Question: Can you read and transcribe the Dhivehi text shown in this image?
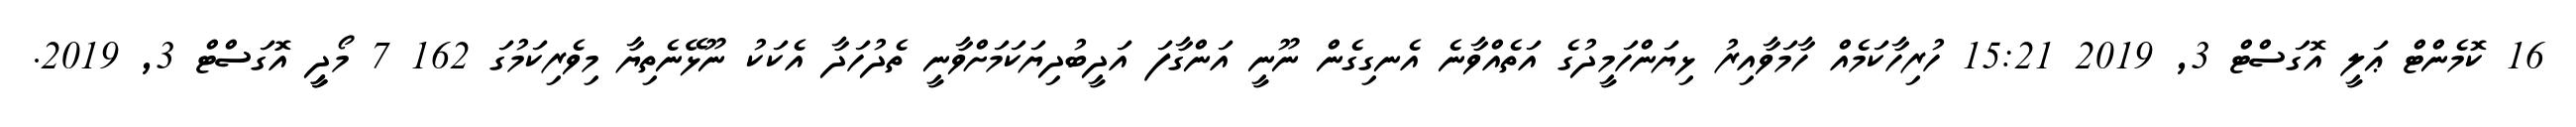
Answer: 16 ކޮމެންޓް ޢަލީ އޮގަސްޓް 3, 2019 15:21 ހުރިހާކަމެއް ހާމަވާއިރު ޅިޔަންހަމީދުގެ އަތެއްވާނެ އެނގިގެން ނޫނީ އަންގާފަ އަދީބުދިޔަކަމަށްވާނީ ތެދުހަދާ އެކަކު ނޫޅޭނެތިޔާ މިވެރިކަމުގަ 162 7 މޯދީީ އޮގަސްޓް 3, 2019.